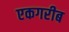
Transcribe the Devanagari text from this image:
एकगरीब